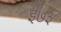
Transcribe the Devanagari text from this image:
इ७३